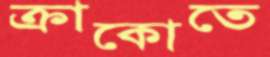
ক্রাকোতে